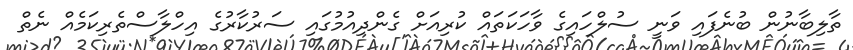
ތާލިބާނުން ބުނެފައި ވަނީ ސުލްހައިގެ ވާހަކަތައް ކުރިއަށް ގެންދިއުމުގައި ސަރުކާރުގެ އިހްލާސްތެރިކަމެއް ނެތް